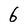
Character: 6